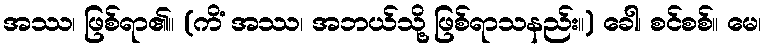
အဿ၊ ဖြစ်ရာ၏။ (ကိံ အဿ၊ အဘယ်သို့ ဖြစ်ရာသနည်း။) ခေါ၊ စင်စစ်။ မေ၊